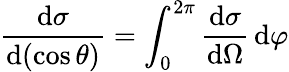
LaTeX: {\frac{\mathrm{d}\sigma}{\mathrm{d}(\cos\theta)}}=\int_{0}^{2\pi}{\frac{\mathrm{d}\sigma}{\mathrm{d}\Omega}}\, \mathrm{d}\varphi